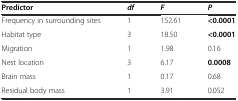
<table><thead><tr><td><b>Predictor</b></td><td><b><i>df</i></b></td><td><b><i>F</i></b></td><td><b><i>P</i></b></td></tr></thead><tbody><tr><td>Frequency in surrounding sites</td><td>1</td><td>152.61</td><td><b>&lt;0.0001</b></td></tr><tr><td>Habitat type</td><td>3</td><td>18.50</td><td><b>&lt;0.0001</b></td></tr><tr><td>Migration</td><td>1</td><td>1.98</td><td>0.16</td></tr><tr><td>Nest location</td><td>3</td><td>6.17</td><td><b>0.0008</b></td></tr><tr><td>Brain mass</td><td>1</td><td>0.17</td><td>0.68</td></tr><tr><td>Residual body mass</td><td>1</td><td>3.91</td><td>0.052</td></tr></tbody></table>